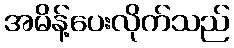
အမိန့်ပေးလိုက်သည်